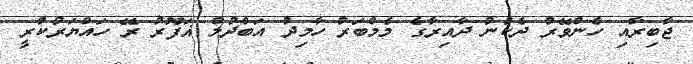
ޖާބިރާއި ހެންވޭރު ދެކުނު ދާއިރާގެ މެމްބަރު ހާމިދު އަބްދުލް ޣަފޫރު ރޭ ހައްޔަރުކުރީ